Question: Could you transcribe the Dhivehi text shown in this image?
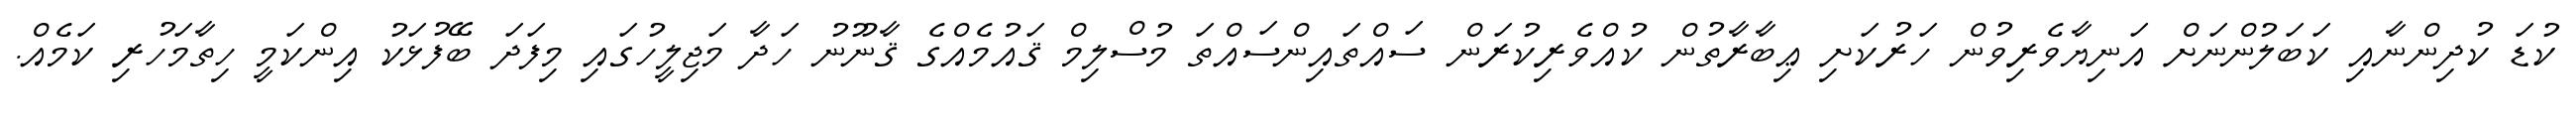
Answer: ކުޑަ ކުދިންނާއި ކަބަލުންނަށް އަނިޔާވެރިވުން ހަރުކަށި ޢިބާރާތުން ކުއްވެރިކުރަން ސައްތައިންސައްތަ މުސްލިމް ޤައުމެއްގެ ޤާނޫނު ހަދާ މަޖިލީހުގައި މިފަދަ ބޭފުޅަކު އިންކަމީ ހިތާމަހުރި ކަމެއް.